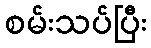
စမ်းသပ်ပြီး